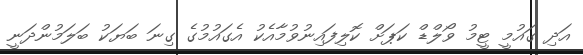
އަދި ގައުމީ ޓީމު ވޯލްޑް ކަޕަށް ކޮލިފައިނުވުމާއެކު އެގައުމުގެ ގިނަ ބަޔަކު ބަލަމުންދަނީ